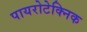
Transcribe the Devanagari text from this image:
पायरोटेक्निक